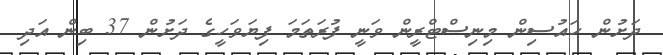
ދަށުން ހައުސިން މިނިސްޓްރީން ވަނީ ފުރަތަމަ ފިޔަވަހީގެ ދަށުން 37 ބިން އަދި